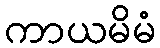
ကာယမိမံ